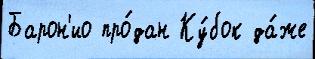
Барон'ио про́дан Ку́бок да́же